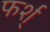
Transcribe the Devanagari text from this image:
फर्श्